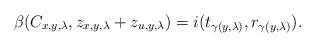
LaTeX: \begin{align*}\beta(C_{x,y, \lambda}, z_{x,y, \lambda} + z_{u,y, \lambda}) = i(t_{\gamma(y,\lambda)}, r_{\gamma(y,\lambda)}).\end{align*}